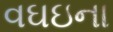
વઘઇના